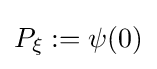
P_{\xi }:=\psi (0)